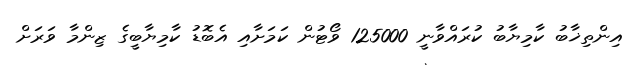
އިންތިޚާބު ކާމިޔާބު ކުރައްވާނީ 125000 ވޯޓުން ކަމަށާއި އެބޮޑު ކާމިޔާބީގެ ޒިންމާ ވަރަށް